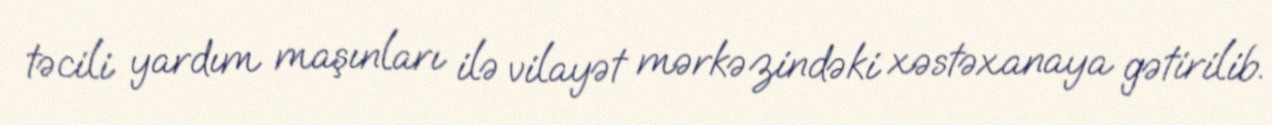
təcili yardım maşınları ilə vilayət mərkəzindəki xəstəxanaya gətirilib.